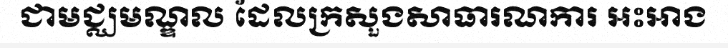
ជាមជ្ឈមណ្ឌល ដែលក្រសួងសាធារណការ អះអាង